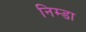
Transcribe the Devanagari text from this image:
निम्डा